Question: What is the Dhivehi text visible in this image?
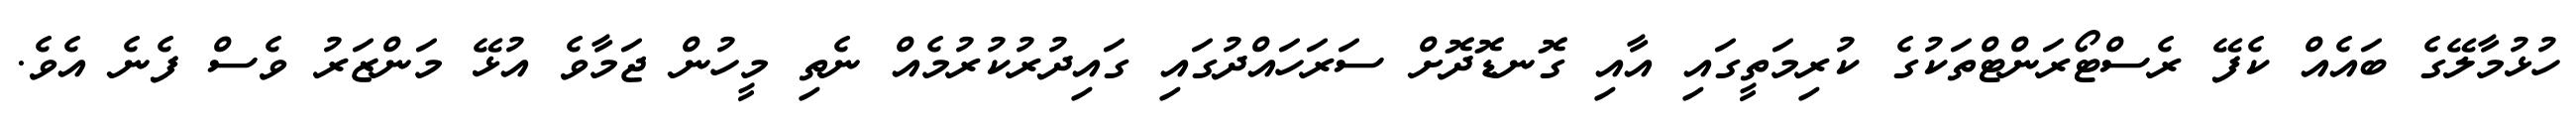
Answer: ހުޅުމާލޭގެ ބައެއް ކެފޭ ރެސްޓޯރަންޓްތަކުގެ ކުރިމަތީގައި އާއި ގޮނޑޮދޮށް ސަރަހައްދުގައި ގައިދުރުކުރުމެއް ނެތި މީހުން ޖަމާވެ އުޅޭ މަންޒަރު ވެސް ފެނެ އެވެ.